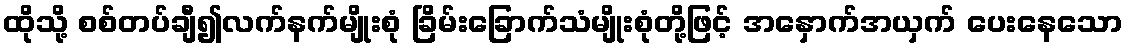
ထိုသို့ စစ်တပ်ချီ၍လက်နက်မျိုးစုံ ခြိမ်းခြောက်သံမျိုးစုံတို့ဖြင့် အနှောက်အယှက် ပေးနေသော